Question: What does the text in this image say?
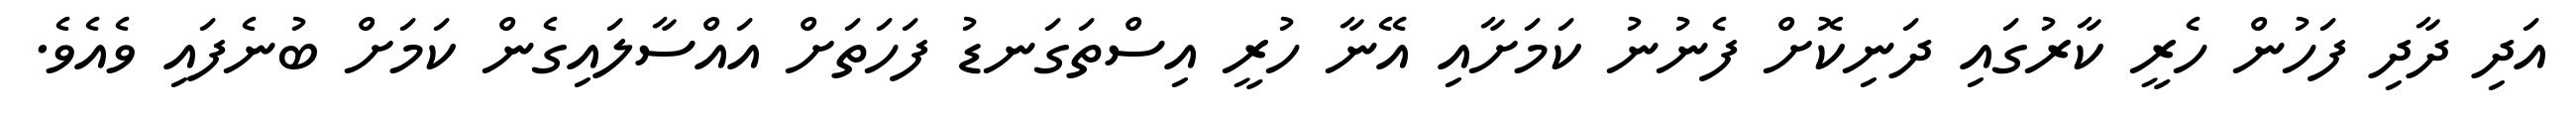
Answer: އަދި ދާދި ފަހުން ހެރީ ކާރުގައި ދަނިކޮށް ފެނުނު ކަމަށާއި އޭނާ ހުރީ އިސްތަގަނޑު ފަހަތަށް އައްސާލައިގެން ކަމަށް ބުނެފައި ވެއެވެ.